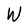
Character: W